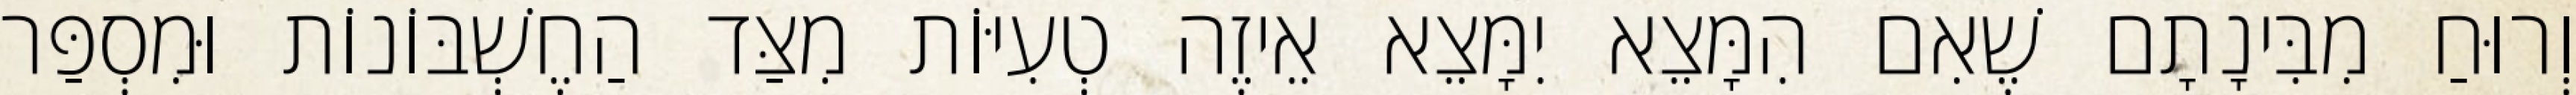
וְרוּחַ מִבִּינָתָם שֶׁאִם הִמָּצֵא יִמָּצֵא אֵיזֶה טְעִיּוֹת מִצַּד הַחֶשְׁבּוֹנוֹת וּמִסְפַּר